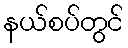
နယ်စပ်တွင်